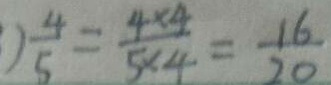
) \frac { 4 } { 5 } = \frac { 4 \times 4 } { 5 \times 4 } = \frac { 1 6 } { 2 0 }